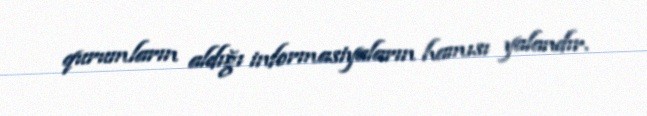
qurumların aldığı informasiyaların hamısı yalandır.